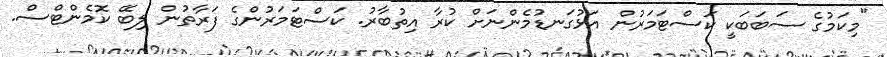
"މިކަމުގެ ސަބަބަކީ ކަސްޓަމަރުން އަޅުގަނޑުމެންނަށް ކުރާ އިތުބާރު. ކަސްޓަމަރުންގެ ފަރާތުން ލިބޭ ކޮމެންޓްސް.